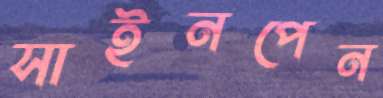
সাইনপেন